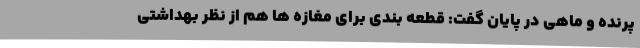
پرنده و ماهی در پایان گفت: قطعه بندی برای مغازه ها هم از نظر بهداشتی